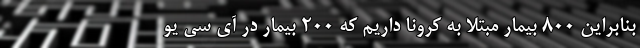
بنابراین ۸۰۰ بیمار مبتلا به کرونا داریم که ۲۰۰ بیمار در آی سی یو